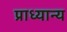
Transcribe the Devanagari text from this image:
प्राध्यान्य